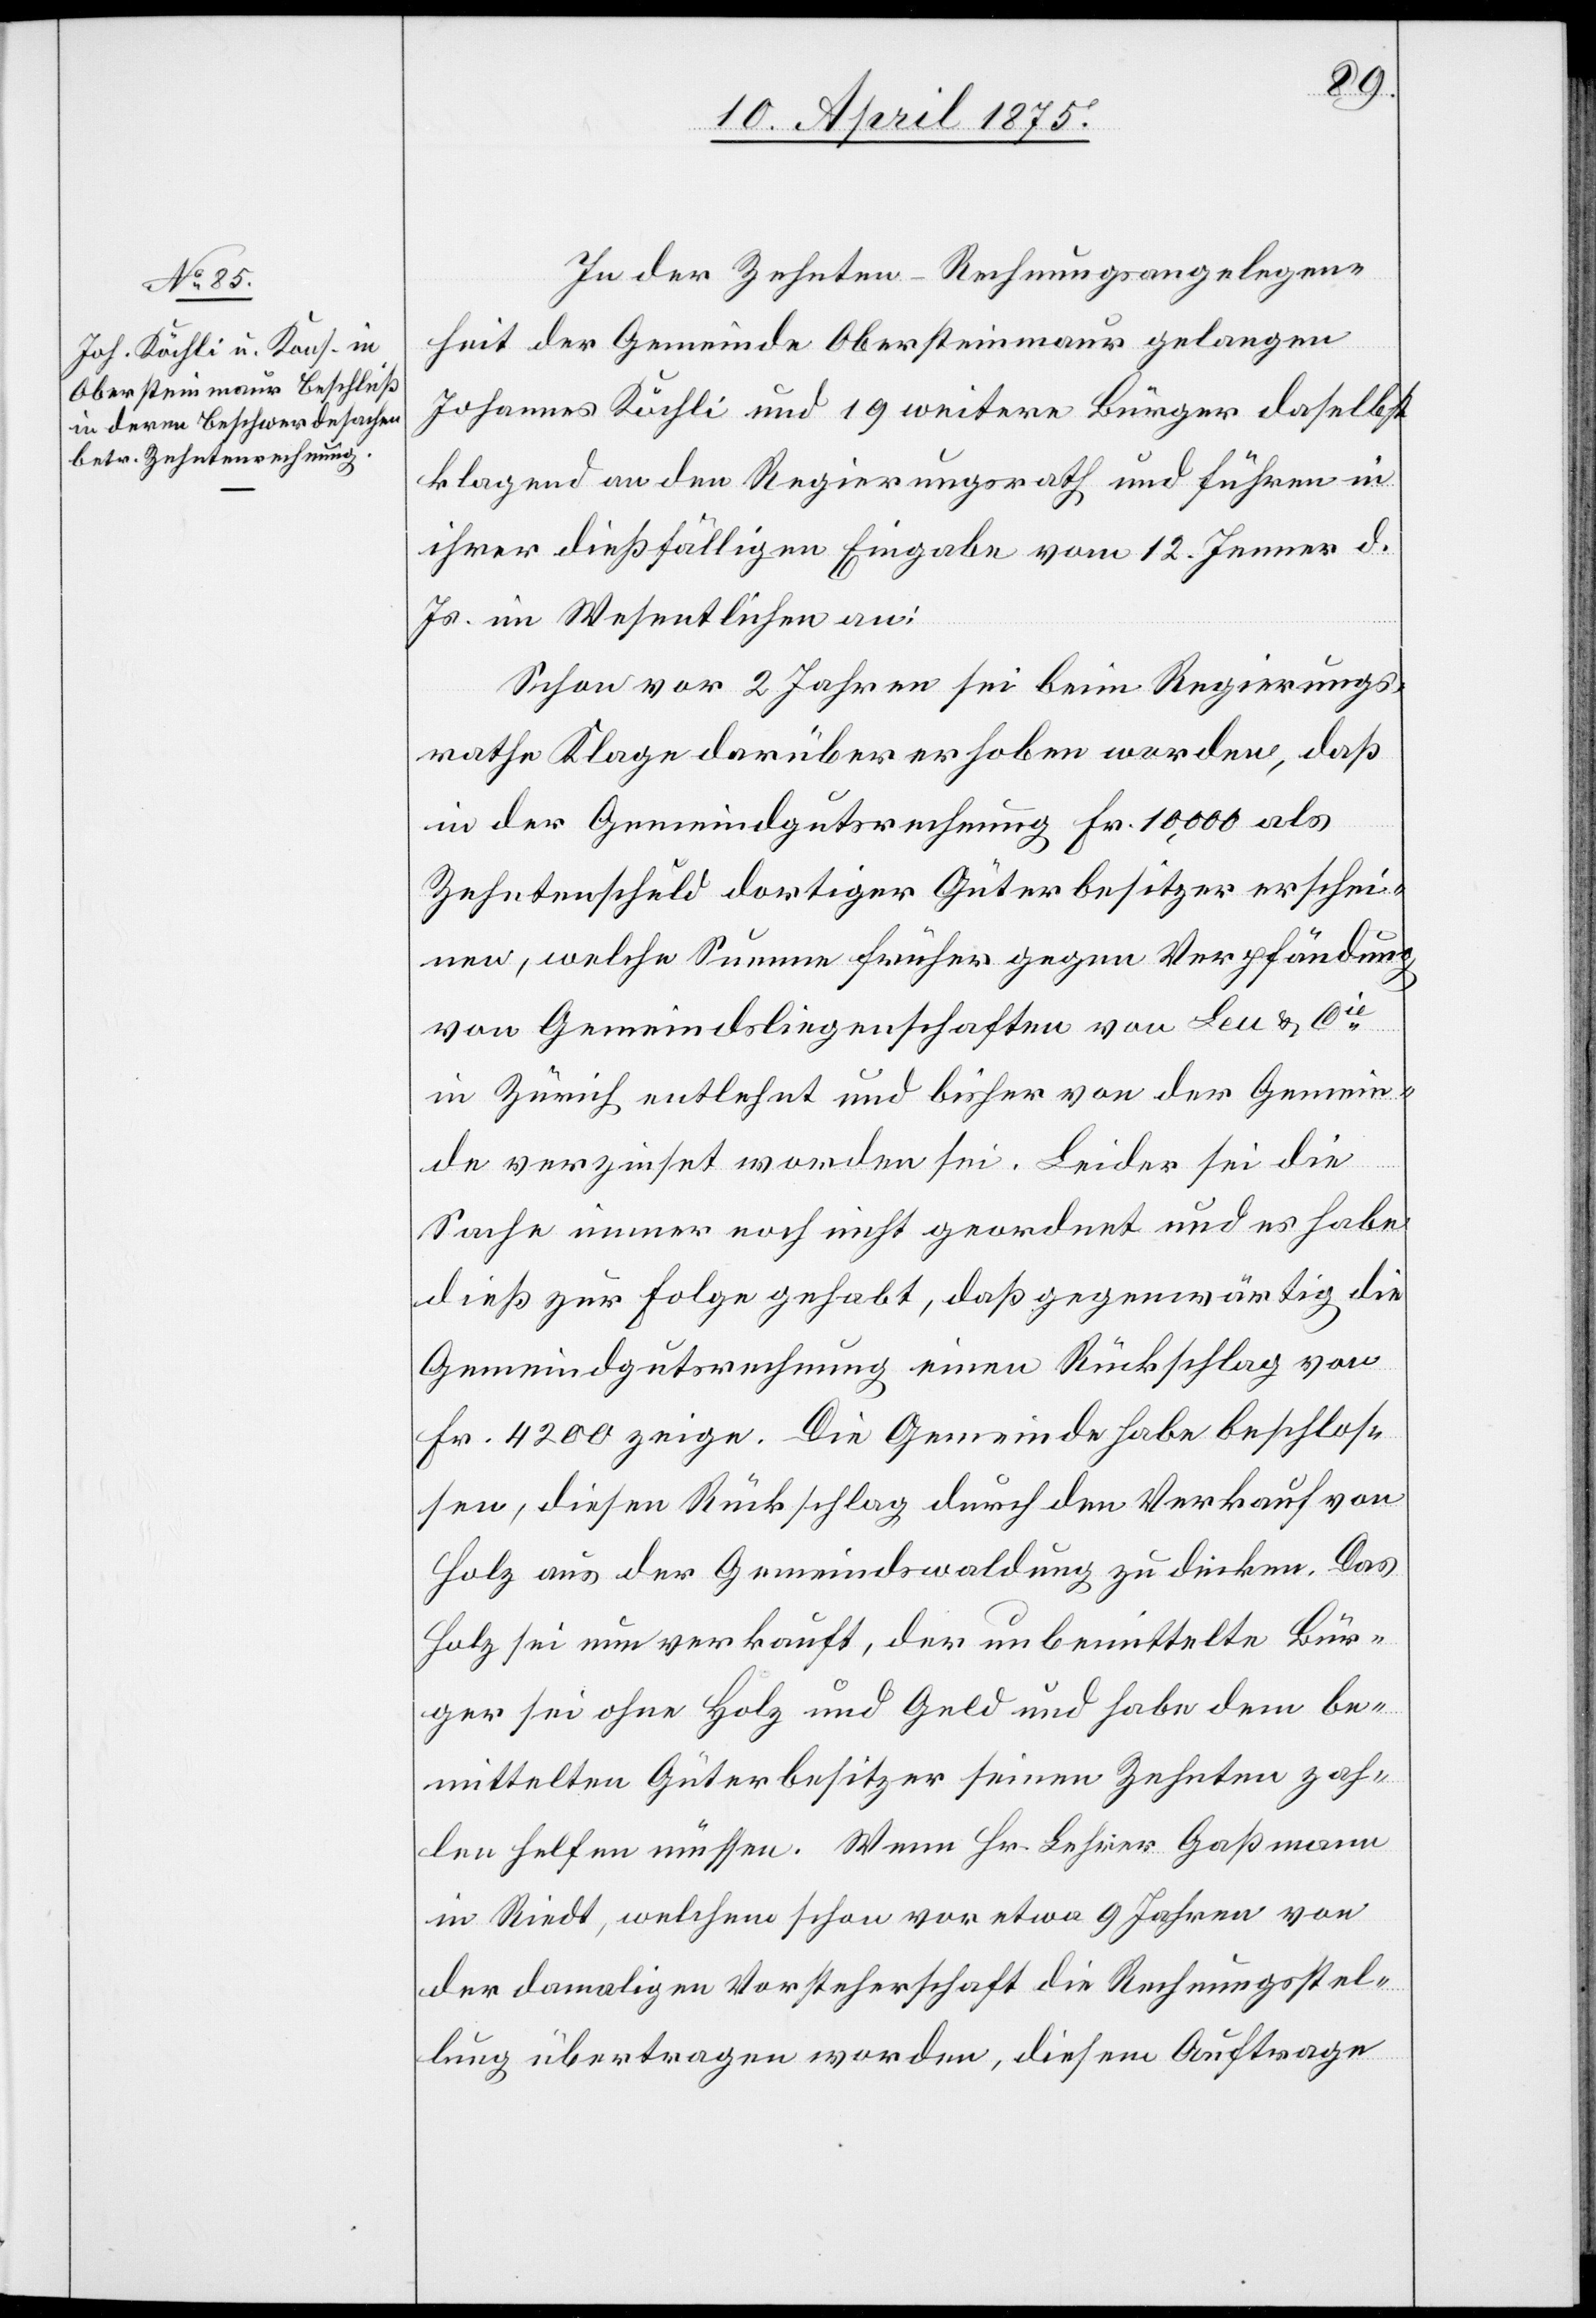
In der Zehnten-Rechnungsangelegenheit
Johannes Köchli und 19 weitere Bürger daselbst
klagend an den Regierungsrath und führen in
ihrer dießfälligen Eingabe vom 12. Jenner d.
Js. im Wesentlichen an:
Schon vor 2 Jahren sei beim Regierungs¬
rath Klage darüber erhoben worden, daß
in der Gemeindgutsrechnung Fr. 10,000 als
Zehntenschuld dortiger Güterbesitzer erschei¬
nt, welche Summe früher gegen Verpfändung
von Gemeindsliegenschaften von Leu & Cie
in Zürich entlehnt und bisher von der Gemein¬
de verzeichnet worden sei. Leider sei die
Sache immer noch nicht geordnet und es habe
dieß zur Folge gehabt, daß gegenwärtig die
Gemeindgutsrechnung einen Rückschlag von
Fr. 4200 zeige. Die Gemeinde habe beschlos¬
sen, diesen Rückschlag durch den Verkauf von
Holz aus der Gemeindswaldung zu decken. Das
Holz sei nun verkauft, der unbemittelte Bür¬
ger sei ohne Holz und Geld und habe dem be¬
mittelten Güterbesitzer seinen Zehnten zah¬
len helfen müssen. Wenn Hr. Lehrer Gaßmann
in Riedt, welchem schon vor etwa 9 Jahren von
der damaligen Vorsteherschaft die Rechnungsstel¬
lung übertragen worden, diesem Auftrage